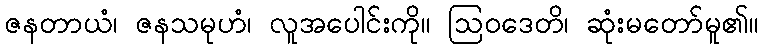
ဇနတာယံ၊ ဇနသမုဟံ၊ လူအပေါင်းကို။ ဩဝဒေတိ၊ ဆုံးမတော်မူ၏။